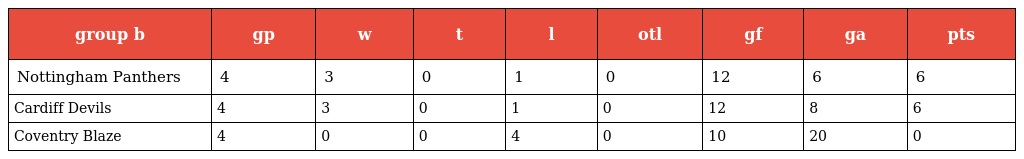
| group b | gp | w | t | l | otl | gf | ga | pts |
 | --- | --- | --- | --- | --- | --- | --- | --- | --- |
 | Nottingham Panthers | 4 | 3 | 0 | 1 | 0 | 12 | 6 | 6 |
 | Cardiff Devils | 4 | 3 | 0 | 1 | 0 | 12 | 8 | 6 |
 | Coventry Blaze | 4 | 0 | 0 | 4 | 0 | 10 | 20 | 0 |